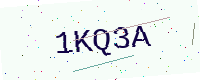
Text: 1KQ3A